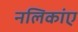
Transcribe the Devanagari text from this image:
नलिकांए